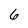
Character: 6